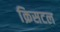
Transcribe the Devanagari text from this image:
क्रिसटल